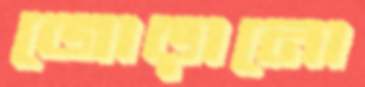
জোড়ানো